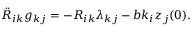
\begin{array} { r } { \ddot { R } _ { i k } g _ { k j } = - R _ { i k } \lambda _ { k j } - b k _ { i } z _ { j } ( 0 ) . } \end{array}